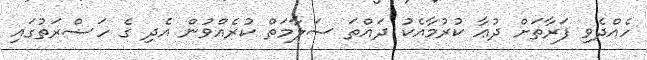
ހެއްދެވި ފަރާތަށް ދުޢާ ކުރުމާއެކު ދައްތަ ސަލާމަތް ކުރެއްވުން އެދި ގެ ހަޟްރަތުގައި